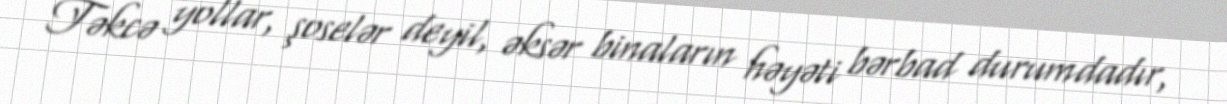
Təkcə yollar, şoselər deyil, əksər binaların həyəti bərbad durumdadır,